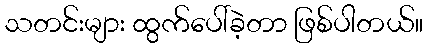
သတင်းများ ထွက်ပေါ်ခဲ့တာ ဖြစ်ပါတယ်။